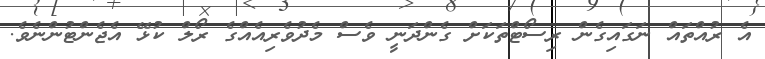
އެ ރުއްތައް ނަގަައިގެން ރިސޯޓްތަކަށް ގެންދަނީ ވެސް މެދުވެރިއެއްގެ ރޯލް ކުޅޭ އެޖެންޓުންނެވެ.